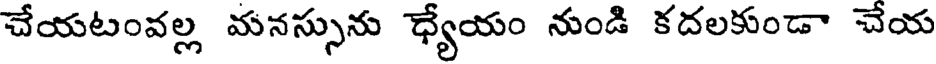
చేయటంవల్ల మనస్సును ధ్యేయం నుండి కదలకుండా చేయ